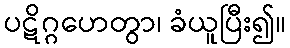
ပဋိဂ္ဂဟေတွာ၊ ခံယူပြီး၍။